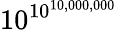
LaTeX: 10^{10^{10,000,000}}